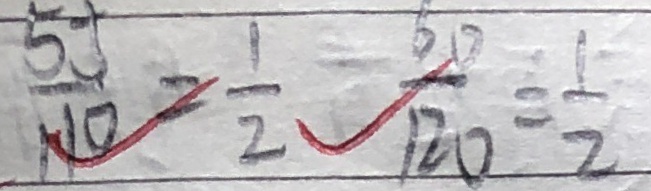
\frac { 5 5 } { 1 1 0 } = \frac { 1 } { 2 } \frac { 6 0 } { 1 2 0 } = \frac { 1 } { 2 }